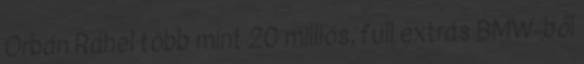
Orbán Ráhel több mint 20 milliós, full extrás BMW-ből